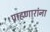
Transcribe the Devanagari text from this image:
पाहणारांना